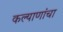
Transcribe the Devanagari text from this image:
कल्याणांचा